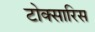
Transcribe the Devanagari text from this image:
टोक्सारिस